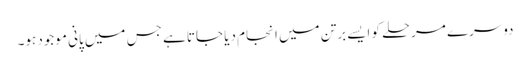
دوسرے مرحلے کو ایسے برتن میں انجام دیا جاتا ہے جس میں پانی موجود ہو۔